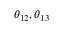
\theta _ { 1 2 } , \theta _ { 1 3 }